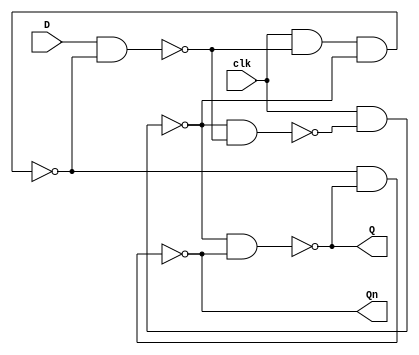
module D_pos_edge_gate
(
	D,
	clk,
	Q,
	Qn
);

	input D, clk;
	output Q, Qn;

	wire S, R, w0, w1;

	nand nand_0(w0, D, R);
	nand nand_1(R, clk, w0, S);
	nand nand_2(S, clk, w1);
	nand nand_3(w1, S, w0);
	nand nand_4(Q, S, Qn);
	nand nand_5(Qn, R, Q);

endmodule